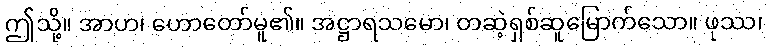
ဤသို့။ အာဟ၊ ဟောတော်မူ၏။ အဋ္ဌာရသမော၊ တဆဲ့ရှစ်ဆူမြောက်သော။ ဖုဿ၊